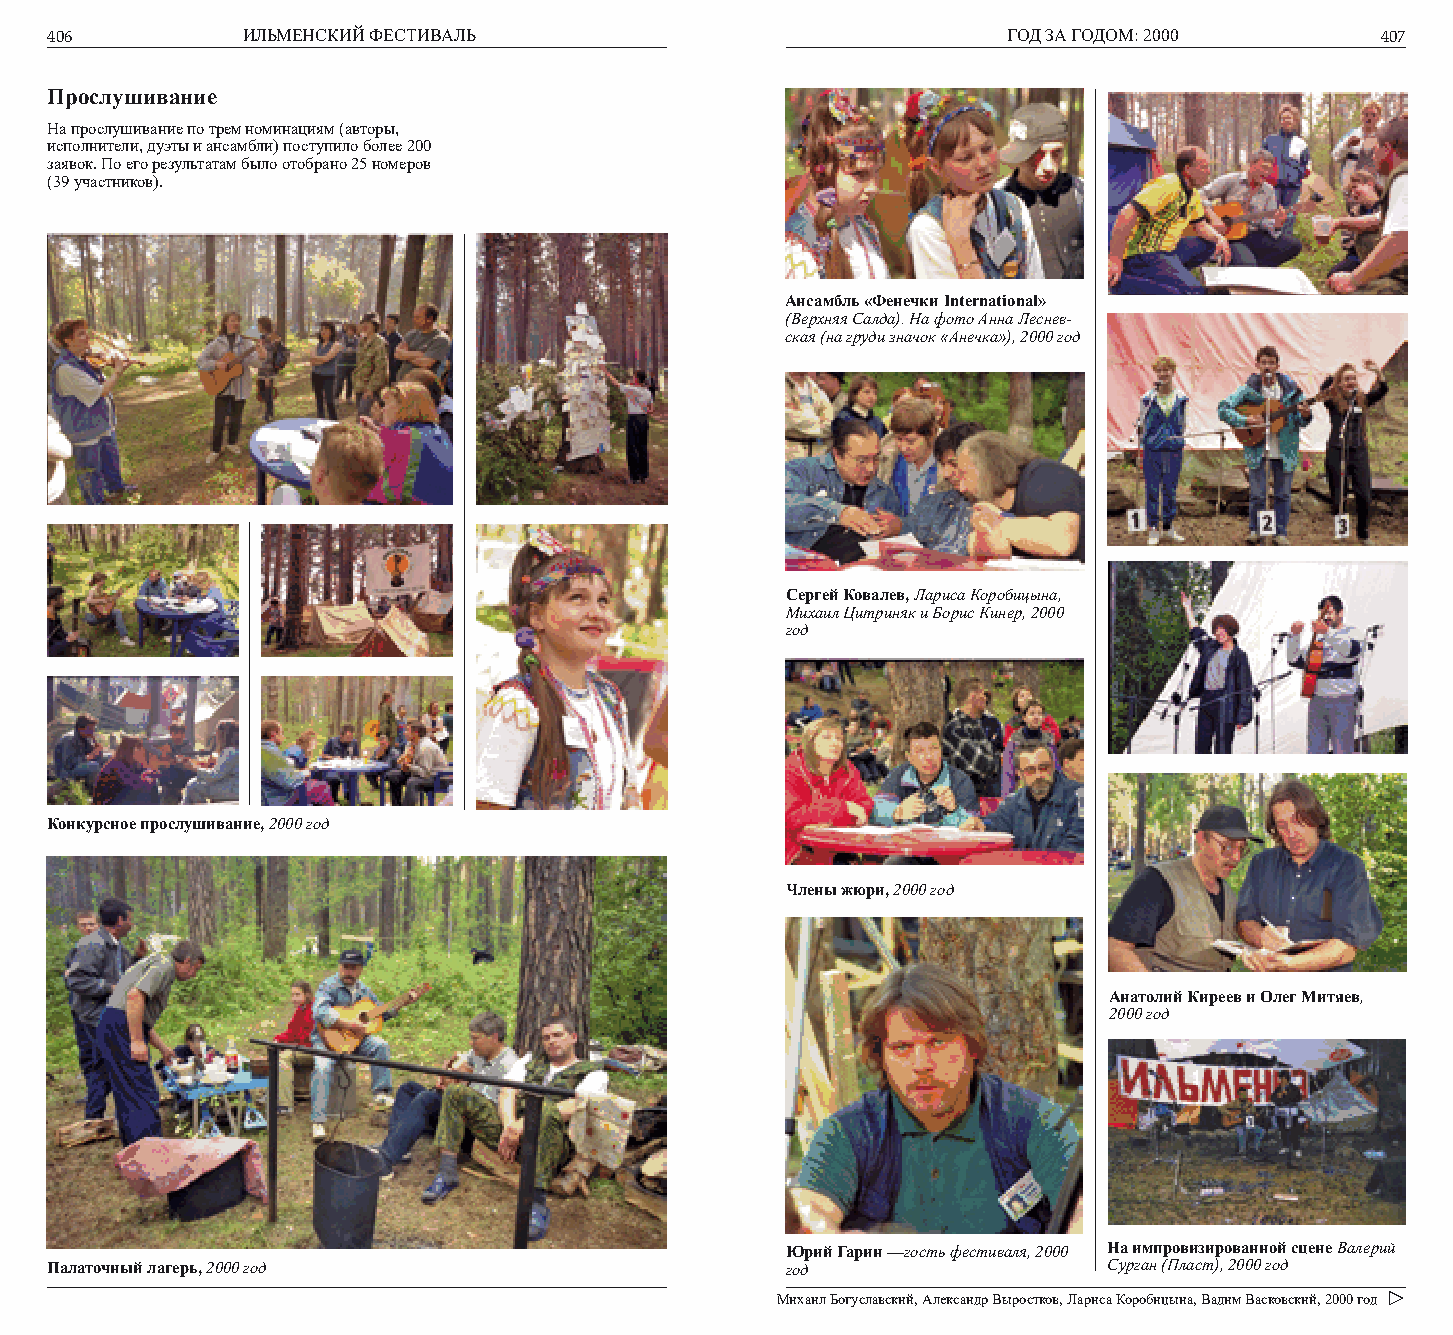
406          ИЛЬМЕНСКИЙ ФЕСТИВАЛЬ                               ГОД ЗА ГОДОМ: 2000      407
 Прослушивание
 На прослушивание по трем номинациям (авторы,
 исполнители, дуэты и ансамбли) поступило более 200
 заявок. По его результатам было отобрано 25 номеров
 (39 участников).
 Ансамбль «Фенечки International»
 (Верхняя Салда). На фото Анна Леснев-
 ская (на груди значок «Анечка»), 2000 год
 Сергей Ковалев, Лариса Коробицына,
 Михаил Цитриняк и Борис Кинер, 2000
 год
 Конкурсное прослушивание, 2000 год
 Члены жюри, 2000 год
 Анатолий Киреев и Олег Митяев,
 2000 год
 Юрий Гарин —гость фестиваля, 2000 На импровизированной сцене Валерий
 Палаточный лагерь, 2000 год                      год                  Сурган (Пласт), 2000 год
 Михаил Богуславский, Александр Выростков, Лариса Коробицына, Вадим Васковский, 2000 год